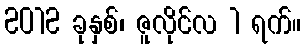
2012 ခုနှစ်၊ ဇူလိုင်လ 1 ရက်။